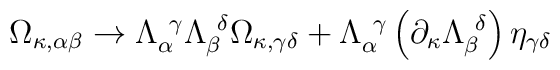
\Omega_{\kappa,\alpha\beta} \rightarrow\Lambda_\alpha^{\ \gamma}\Lambda_\beta^{\ \delta}\Omega_{\kappa,\gamma\delta}+\Lambda_\alpha^{\ \gamma} \left(\partial_\kappa \Lambda_\beta^{\ \delta}\right)\eta_{\gamma\delta}